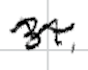
Text: 31,
Cross-out: zig-zag
Writing tool: digital_black